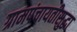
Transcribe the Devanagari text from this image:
ग्रामपंचायतीसुद्धा